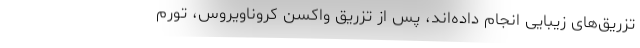
تزریق‌های زیبایی انجام داده‌اند، پس از تزریق واکسن کروناویروس، تورم